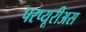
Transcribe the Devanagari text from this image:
परप्यूरीअस